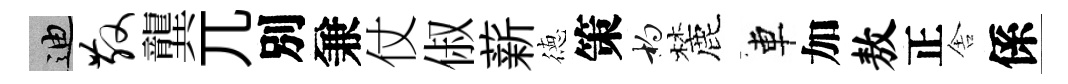
迪散龔兀別兼仗俶薪徳策杓麓車加敖正舎係